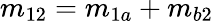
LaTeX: m_{12}=m_{1a}+m_{b2}